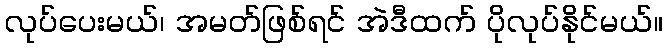
လုပ်ပေးမယ်၊ အမတ်ဖြစ်ရင် အဲဒီထက် ပိုလုပ်နိုင်မယ်။